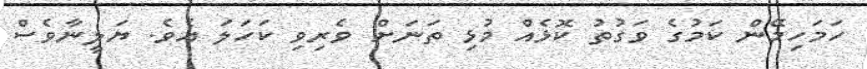
ހަމަހިމޭން ކަމުގެ ވަގުތު ކޮޅެއް މުޅި ތަނަށް ވެރިވި ކަހަލަ އެވެ. ޔަލީނާވެސް